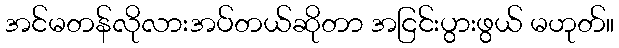
အင်မတန်လိုလားအပ်တယ်ဆိုတာ အငြင်းပွားဖွယ် မဟုတ်။